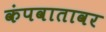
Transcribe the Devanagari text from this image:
कंपवातावर